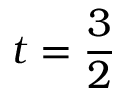
t = \frac 3 2